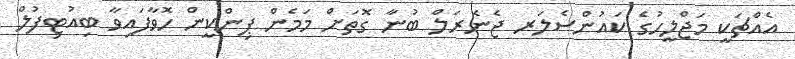
އެއްޗަކީ މަޖްލީހުގެ ކައުންސެލަރ ޖެނެރަލް ބުނާ ގޮތަށް މަމެން ޕިންކީން ހޮވާފައިވާ ބިއުޓިފުލް